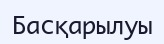
Басқарылуы